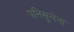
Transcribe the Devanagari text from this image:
पनिसुलेना